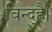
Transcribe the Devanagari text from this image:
विन्दुहै।